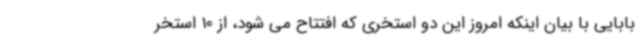
بابایی با بیان اینکه امروز این دو استخری که افتتاح می شود، از 10 استخر